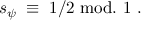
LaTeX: s _ { \psi } \; \equiv \; 1 / 2 ~ \mathrm { m o d . ~ } 1 ~ .